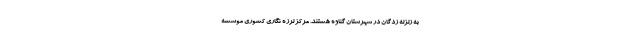
به زلزله زدگان در شهرستان گناوه هستند. مرکز لرزه نگاری کشوری موسسه